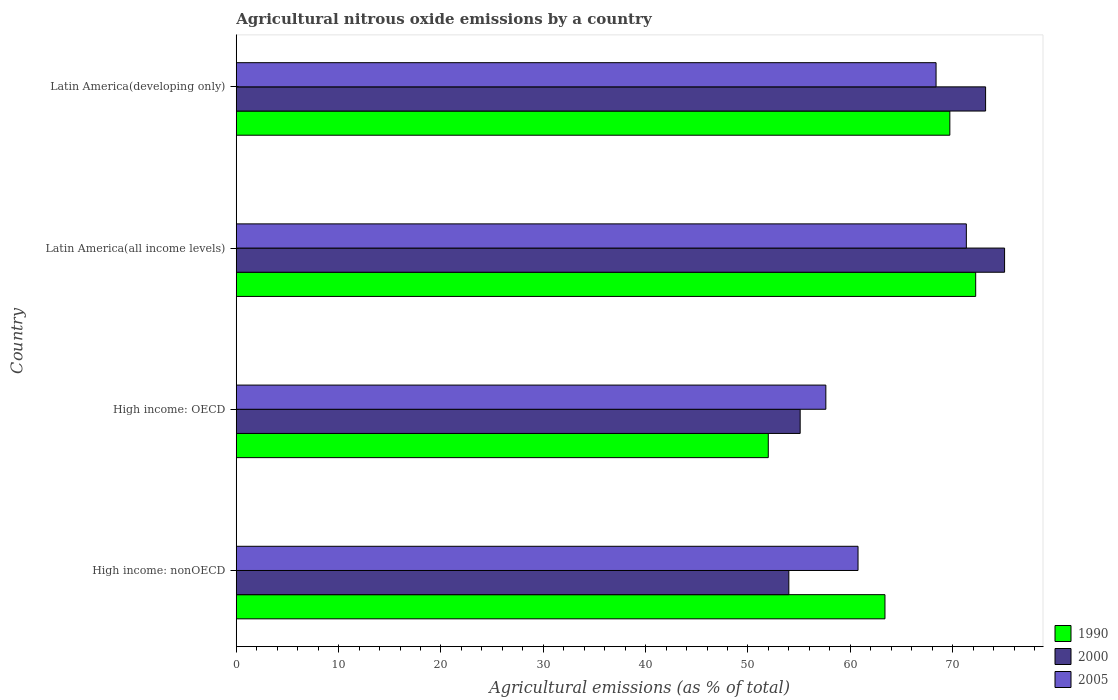
| Country | 1990 | 2000 | 2005 |
 | --- | --- | --- | --- |
 | High income: nonOECD | 63.4 | 54 | 60.8 |
 | High income: OECD | 52 | 55.1 | 57.6 |
 | Latin America(all income levels) | 72.3 | 75.1 | 71.3 |
 | Latin America(developing only) | 69.7 | 73.2 | 68.4 |